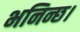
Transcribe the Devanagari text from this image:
भनिन्छ।